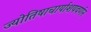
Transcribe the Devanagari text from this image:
ज्योतिषाचार्याशयवर्णन